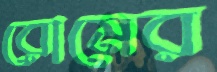
রোমের